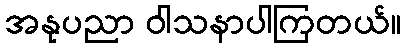
အနုပညာ ဝါသနာပါကြတယ်။